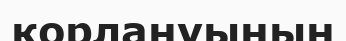
қорлануының